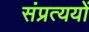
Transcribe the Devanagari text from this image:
संप्रत्ययों